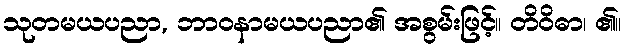
သုတမယပညာ, ဘာဝနာမယပညာ၏ အစွမ်းဖြင့်။ တိဝိဓာ၊ ၏။